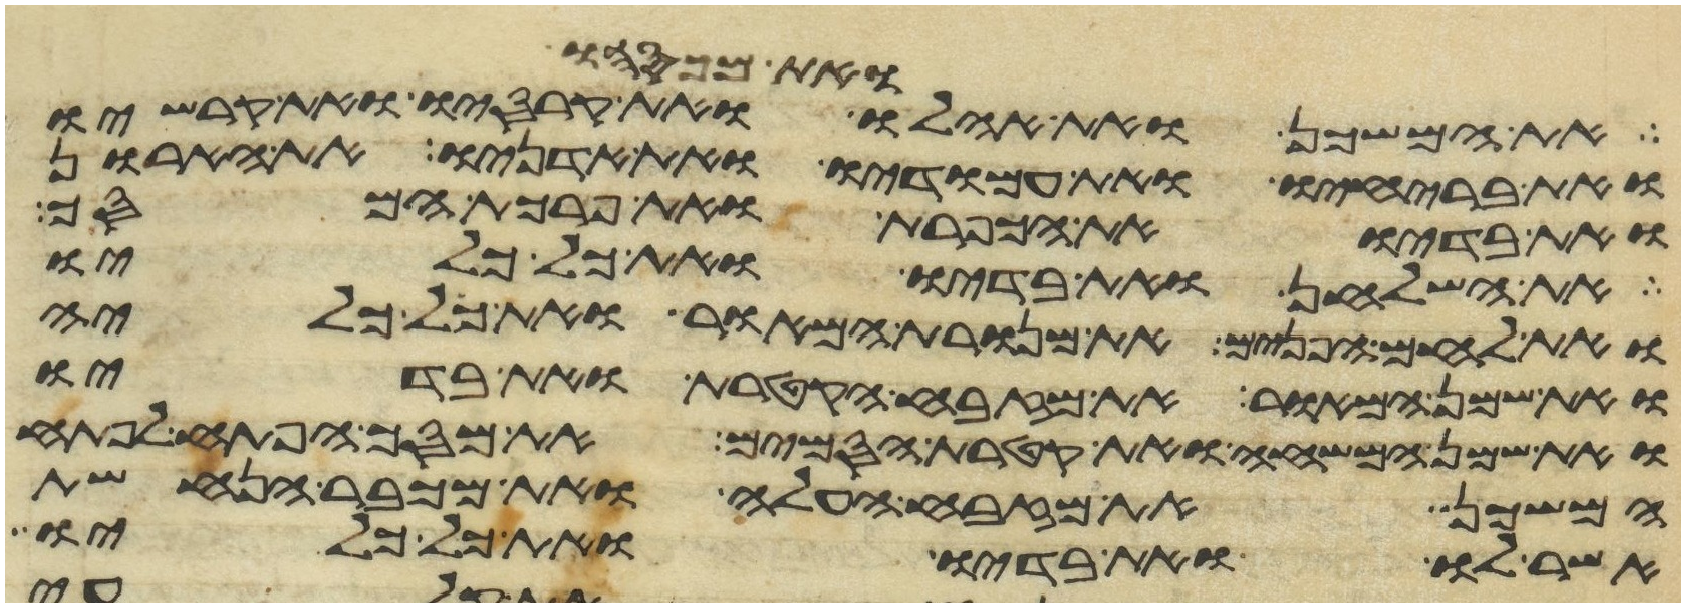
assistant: ואת מכסהו
את המשכן ואת אהלו ואת מכסהו ואת קרסיו
ואת בריחיו ואת עמודיו ואת אדניו את הארון
ואת בדיו ואת הכפרת ואת פרכת המסך
את השלחן ואת בדיו ואת כל כליו
ואת לחם הפנים את מנורת המאור ואת כל כליה
ואת שמן המאור את מזבח הקטרת ואת בדיו
ואת שמן המשחה ואת קטרת הסמים ואת מסך הפתח לפתח
המשכן ואת מזבח העלה ואת מכבר הנחשת
אשר לו ואת בדיו ואת כל כליו